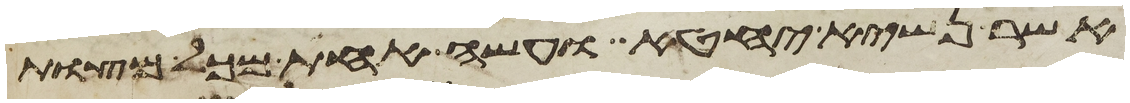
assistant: אשר נשיא יחטא ועשה אחת מכל מצות